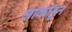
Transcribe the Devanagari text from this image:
लाकांहून